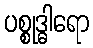
ပစ္စုဒ္ဓါရော